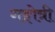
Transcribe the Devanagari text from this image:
गङ्गोत्री